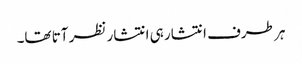
ہر طرف انتشار ہی انتشار نظر آتا تھا۔